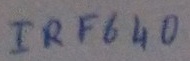
Text: IRF640